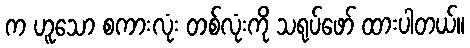
က ဟူသော စကားလုံး တစ်လုံးကို သရုပ်ဖော် ထားပါတယ်။